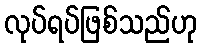
လုပ်ရပ်ဖြစ်သည်ဟု